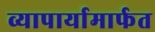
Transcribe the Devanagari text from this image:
व्यापार्यामार्फत